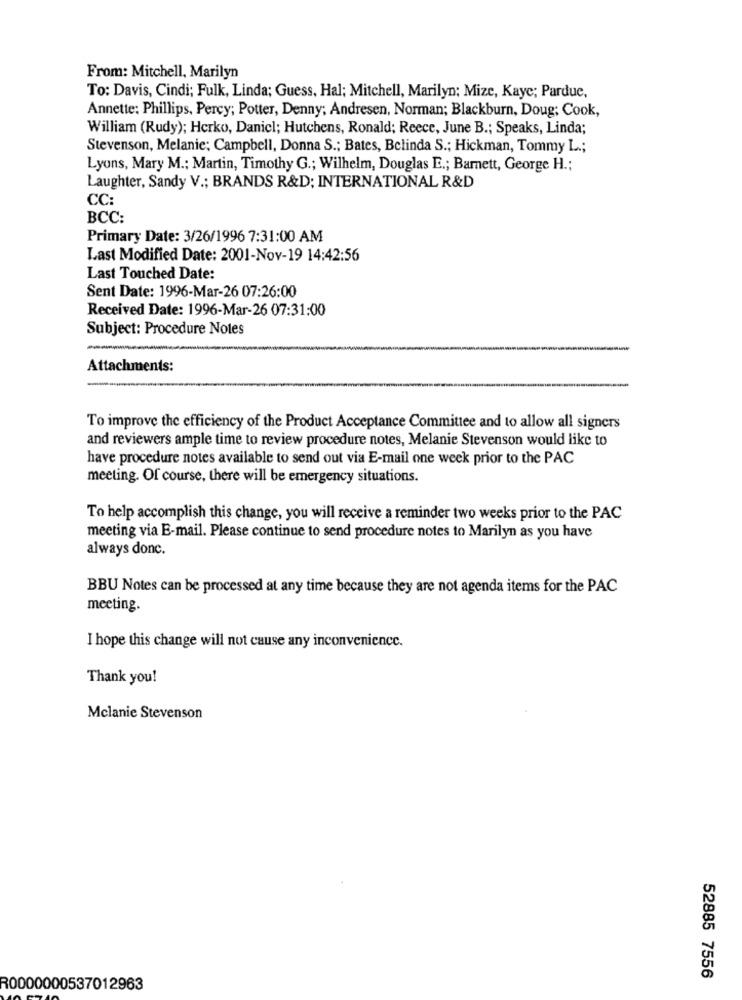
From: Mitchell, Marilyn
To: Davis, Cindi; Fulk, Linda; Guess, Hal; Mitchell, Marilyn; Mize, Kaye; Pardue,
Annette: Phillips, Percy; Potter, Denny; Andresen, Norman; Blackburn, Doug; Cook,
William (Rudy); Herko, Danicl; Hutchens, Ronald; Reece, June B .; Speaks, Linda;
Stevenson, Melanie; Campbell, Donna S .; Bates, Belinda S .; Hickman, Tommy L .;
Lyons, Mary M .; Martin, Timothy G .; Wilhelm, Douglas E .; Barnett, George H .:
Laughter, Sandy V .; BRANDS R&D; INTERNATIONAL R&D
CC:
BCC:
Primary Date: 3/26/1996 7:31:00 AM
Last Modified Date: 2001-Nov-19 14:42:56
Last Touched Date:
Sent Date: 1996-Mar-26 07:26:00
Received Date: 1996-Mar-26 07:31:00
Subject: Procedure Notes
Attachments:
To improve the efficiency of the Product Acceptance Committee and to allow all signers
and reviewers ample time to review procedure notes, Melanie Stevenson would like to
have procedure notes available to send out via E-mail one week prior to the PAC
meeting. Of course, there will be emergency situations.
To help accomplish this change, you will receive a reminder two weeks prior to the PAC
meeting via E-mail. Please continue to send procedure notes to Marilyn as you have
always donc.
BBU Notes can be processed at any time because they are not agenda items for the PAC
meeting.
I hope this change will not cause any inconvenience.
Thank you!
Melanie Stevenson
52885 7556
R0000000537012963